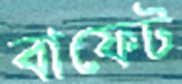
বাফেট